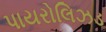
પાયરોલિઝડ